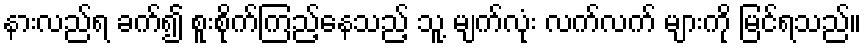
နားလည်ရ ခက်၍ စူးစိုက်ကြည့်နေသည့် သူ့ မျက်လုံး လက်လက် များကို မြင်ရသည်။